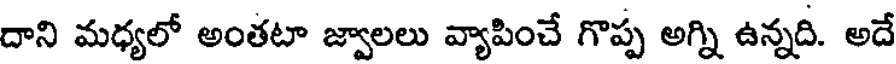
దాని మధ్యలో అంతటా జ్వాలలు వ్యాపించే గొప్ప అగ్ని ఉన్నది. అదే